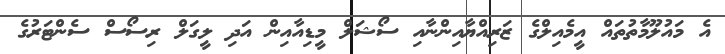
އެ މައުލޫމާތުތައް އީމެއިލްގެ ޒަރިއްޔާއިންނާއި ސޯޝަލް މީޑިއާއިން އަދި ލީގަލް ރިސޯސް ސެންޓަރުގެ